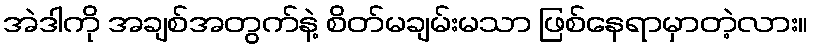
အဲဒါကို အချစ်အတွက်နဲ့ စိတ်မချမ်းမသာ ဖြစ်နေရာမှာတဲ့လား။